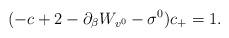
LaTeX: \begin{align*} (-c+2-\partial_{\beta}W_{v^0}-\sigma^0)c_+=1.\end{align*}